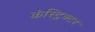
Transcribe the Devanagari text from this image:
कंस्ट्रिक्टर